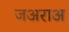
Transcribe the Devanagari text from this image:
जअराअ